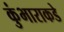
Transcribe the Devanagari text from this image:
कुंभाराकडे